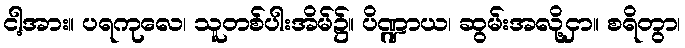
ငါ့အား။ ပရကုလေ၊ သူတစ်ပါးအိမ်၌။ ပိဏ္ဍာယ၊ ဆွမ်းအလို့ငှာ။ စရိတွာ၊